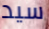
سيد